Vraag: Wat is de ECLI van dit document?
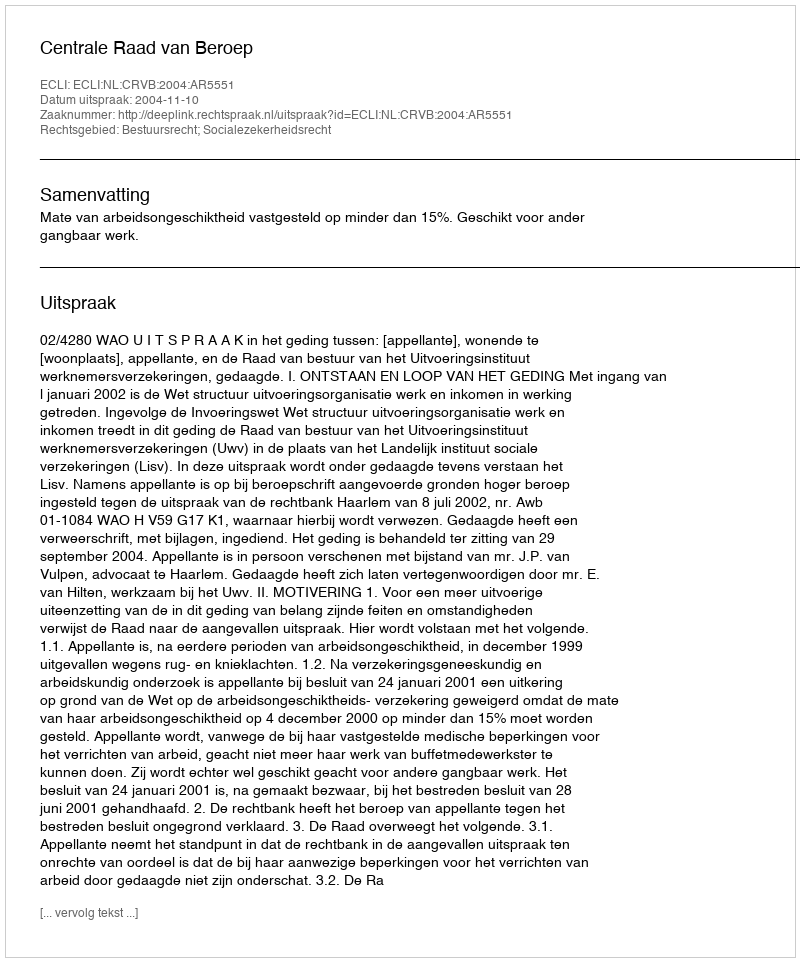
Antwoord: ECLI:NL:CRVB:2004:AR5551